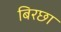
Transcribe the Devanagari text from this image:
बिरछा